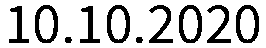
10.10.2020